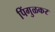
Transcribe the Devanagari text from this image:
पिंगुळकर